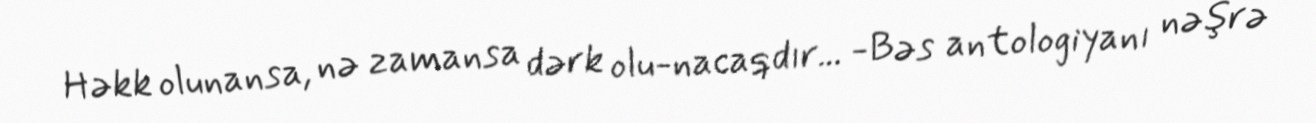
Həkk olunansa, nə zamansa dərk olu­nacaqdır... -Bəs antologiyanı nəşrə